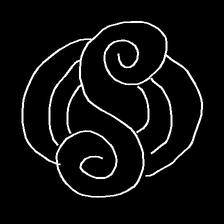
Glyph: wind-underfoot